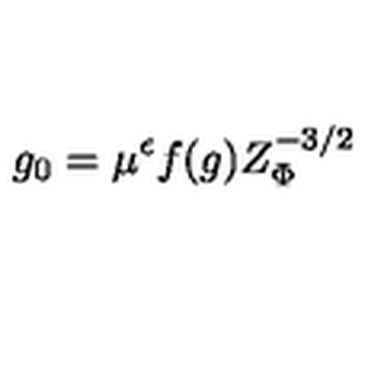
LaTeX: g _ { 0 } = \mu ^ { \epsilon } f ( g ) Z _ { \Phi } ^ { - 3 / 2 }